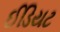
ઈડિયટ